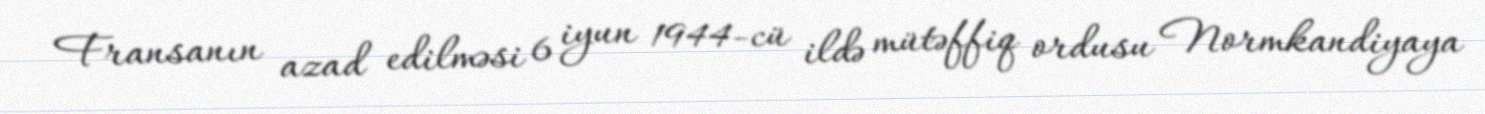
Fransanın azad edilməsi 6 iyun 1944-cü ildə mütəffiq ordusu Normkandiyaya